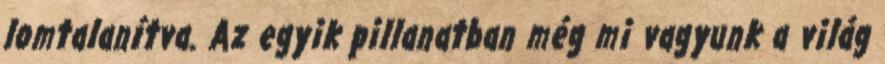
lomtalanítva. Az egyik pillanatban még mi vagyunk a világ